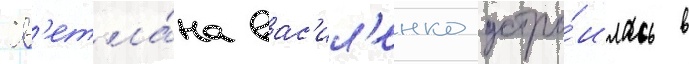
Св'етла́на вас'ил'енко устро́илась в